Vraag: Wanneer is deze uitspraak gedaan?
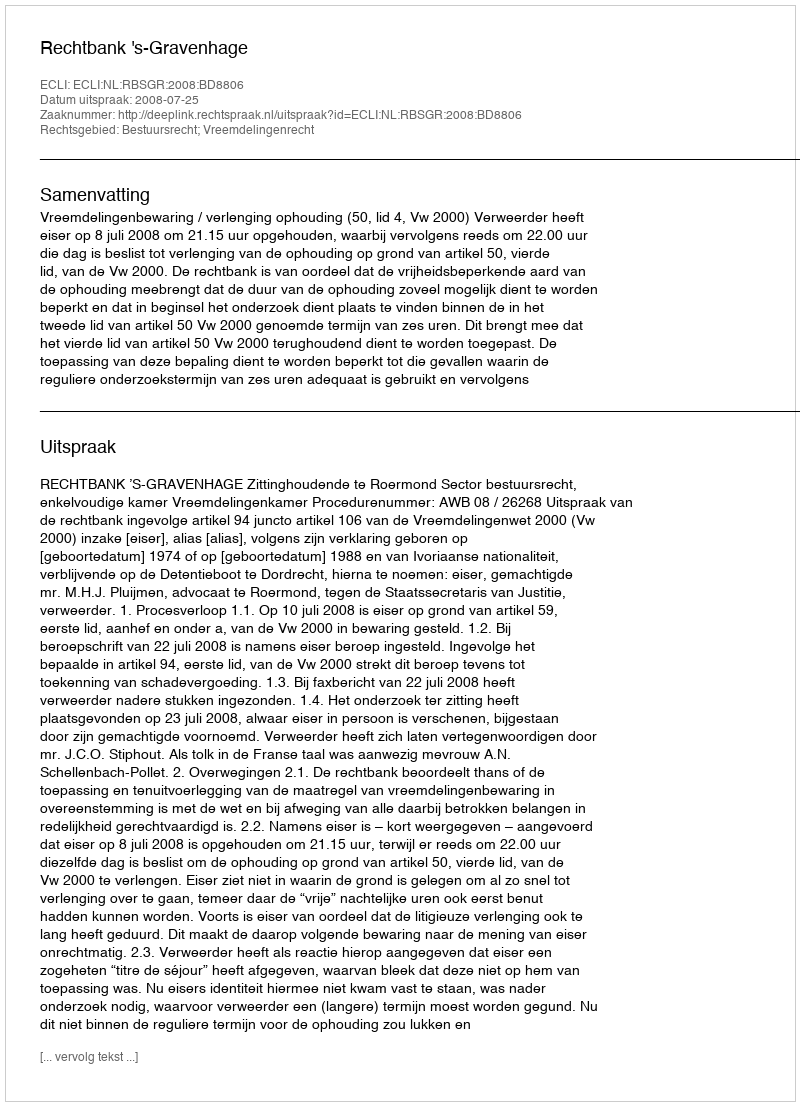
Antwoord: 2008-07-25